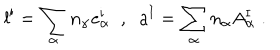
l ^ { \mathrm { i } } = \sum _ { \alpha } n _ { \alpha } { e _ { \alpha } ^ { \mathrm { i } } } \; \; , \; \; a ^ { \mathrm { I } } = \sum _ { \alpha } n _ { \alpha } A _ { \alpha } ^ { \mathrm { I } } \; .